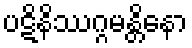
ပဋိနိဿဂ္ဂမန္တိနော